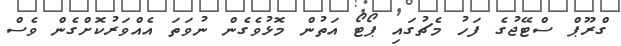
ގްރޫޕް ސްޓޭޖުގެ ފަހު މެޗުގައި ޕޯޓޯ އަތުން މޮޅުވެގެން ނުވަތަ އެއްވަރުކޮށްގެން ވެސް